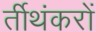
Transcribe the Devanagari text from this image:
र्तीथंकरों